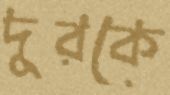
দূরকে